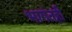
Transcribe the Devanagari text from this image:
भागंतही